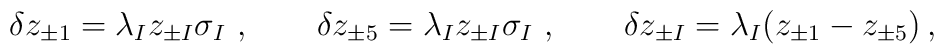
\delta z_{\pm 1} = \lambda_I z_{\pm I} \sigma_I ~, \qquad \delta z_{\pm 5} = \lambda_I z_{\pm I} \sigma_I ~ , \qquad \delta z_{\pm I} = \lambda_I (z_{\pm 1} - z_{\pm 5}) \, ,